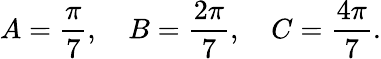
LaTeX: A={\frac{\pi}{7}},\quad B={\frac{2\pi}{7}},\quad C={\frac{4\pi}{7}}.